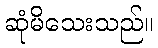
ဆုံမိသေးသည်။